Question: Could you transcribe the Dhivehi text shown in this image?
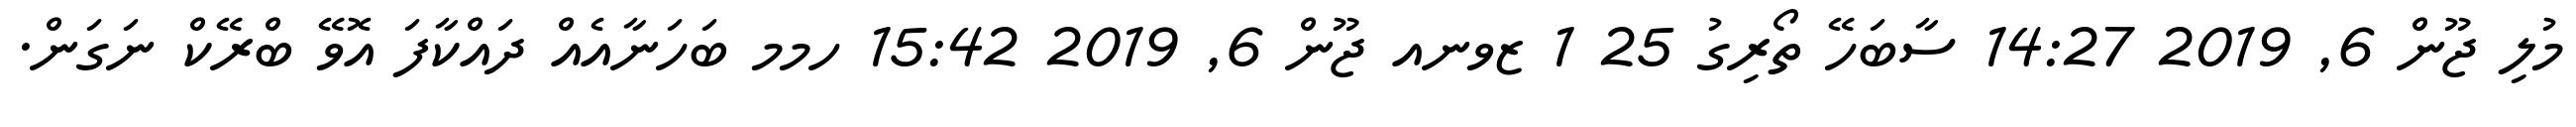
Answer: މުލި ޖޫން 6, 2019 14:27 ސާބަހޭ ތޯރިގު 25 1 ޒވނއ ޖޫން 6, 2019 15:42 ހމމ ބަހަނާއެއް ދައްކާފަ އޮވޭ ބްރޭކް ނަގަން.